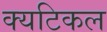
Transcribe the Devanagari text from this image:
क्यटिकल